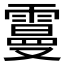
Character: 𩅍